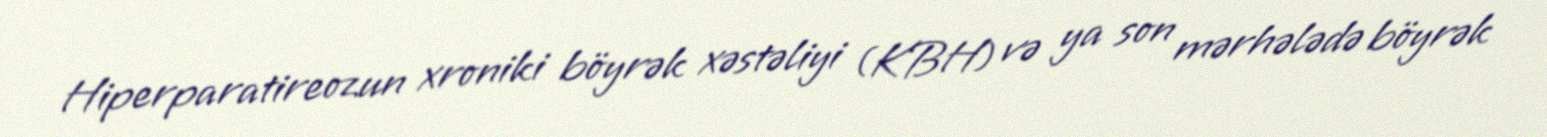
Hiperparatireozun xroniki böyrək xəstəliyi (KBH) və ya son mərhələdə böyrək